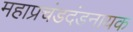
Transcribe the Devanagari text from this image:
महाप्रचंडदंडनायक